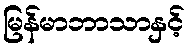
မြန်မာဘာသာနှင့်